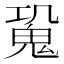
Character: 𩲧